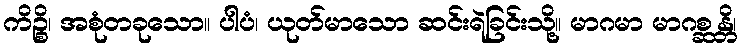
ကိဉ္စိ၊ အစုံတခုသော။ ပါပံ၊ ယုတ်မာသော ဆင်းရဲခြင်းသို့။ မာဂမာ မာဂစ္ဆန္တိ၊